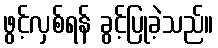
ဖွင့်လှစ်ရန် ခွင့်ပြုခဲ့သည်။